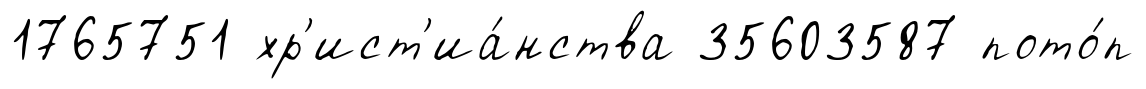
1765751 хр'ист'иа́нства 35603587 пото́п